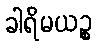
ခါရိမယဉ္စ